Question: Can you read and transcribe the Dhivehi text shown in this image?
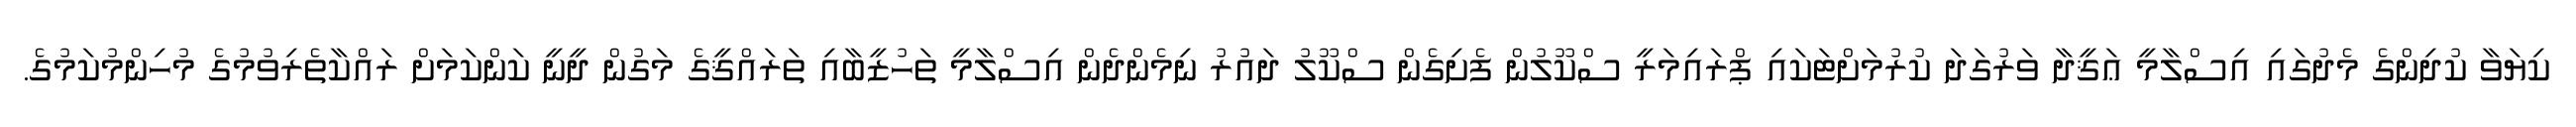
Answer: ކިޔަވާ ކުދިންގެ މެދުގައި އިސްލާމީ ޢަޤީދާ ވަރުގަދަ ކުރުމަށްޓަކައި ޕްރައިމަރީ ސްކޫލުން ފެށިގެން ސްކޫލު ދައުރު ނިމެންދެން އިސްލާމީ ތަހުޒީބާއި ތަރައްޤީގެ މަގުން ދީނީ ކަންކަމަށް ރައްކާތެރިވުމުގެ މުހިންމުކަމުގެ.